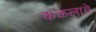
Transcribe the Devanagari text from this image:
कळलावे